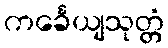
ကင်္ခေယျသုတ္တံ